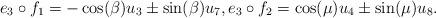
LaTeX: \begin{align*}e_3\circ f_1=-\cos(\beta)u_3\pm \sin(\beta) u_7,e_3\circ f_2=\cos(\mu)u_4\pm\sin(\mu)u_8.\end{align*}